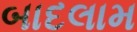
બાદલામ